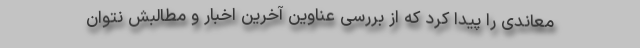
معاندی را پیدا کرد که از بررسی عناوین آخرین اخبار و مطالبش نتوان